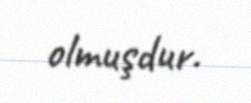
olmuşdur.